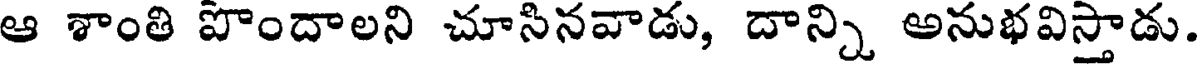
ఆ శాంతి పొందాలని చూసినవాడు, దాన్ని అనుభవిస్తాడు.